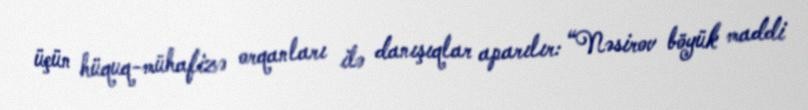
üçün hüquq-mühafizə orqanları ilə danışıqlar aparılır: “Nəsirov böyük maddi